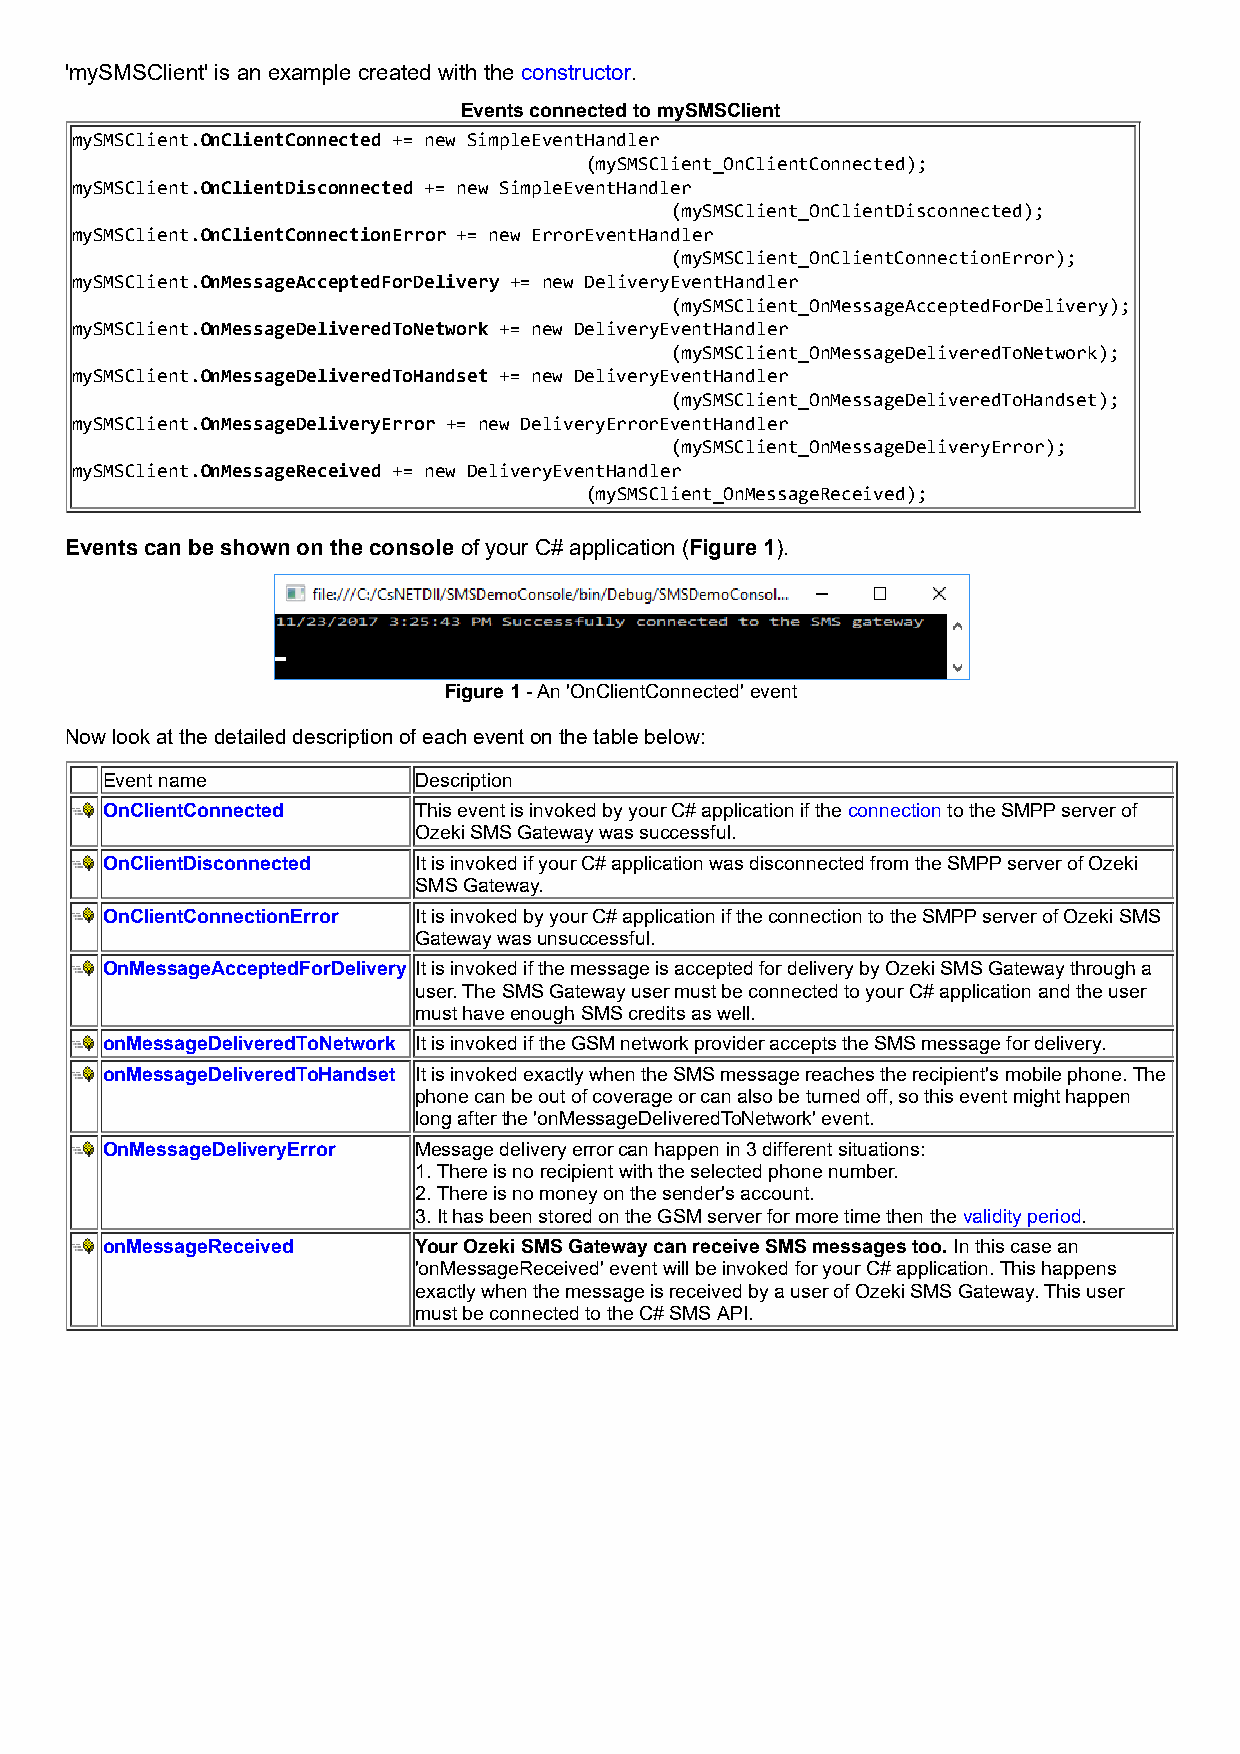
'mySMSClient' is an example created with the constructor.
 Events connected to mySMSClient
 mySMSClient.OnClientConnected += new SimpleEventHandler
 (mySMSClient_OnClientConnected);
 mySMSClient.OnClientDisconnected += new SimpleEventHandler
 (mySMSClient_OnClientDisconnected);
 mySMSClient.OnClientConnectionError += new ErrorEventHandler
 (mySMSClient_OnClientConnectionError);
 mySMSClient.OnMessageAcceptedForDelivery += new DeliveryEventHandler
 (mySMSClient_OnMessageAcceptedForDelivery);
 mySMSClient.OnMessageDeliveredToNetwork += new DeliveryEventHandler
 (mySMSClient_OnMessageDeliveredToNetwork);
 mySMSClient.OnMessageDeliveredToHandset += new DeliveryEventHandler
 (mySMSClient_OnMessageDeliveredToHandset);
 mySMSClient.OnMessageDeliveryError += new DeliveryErrorEventHandler
 (mySMSClient_OnMessageDeliveryError);
 mySMSClient.OnMessageReceived += new DeliveryEventHandler
 (mySMSClient_OnMessageReceived);
 Events can be shown on the console of your C# application (Figure 1).
 Figure 1 - An 'OnClientConnected' event
 Now look at the detailed description of each event on the table below:
 Event name          Description
 OnClientConnected   This event is invoked by your C# application if the connection to the SMPP server of
 Ozeki SMS Gateway was successful.
 OnClientDisconnected It is invoked if your C# application was disconnected from the SMPP server of Ozeki
 SMS Gateway.
 OnClientConnectionError It is invoked by your C# application if the connection to the SMPP server of Ozeki SMS
 Gateway was unsuccessful.
 OnMessageAcceptedForDelivery It is invoked if the message is accepted for delivery by Ozeki SMS Gateway through a
 user. The SMS Gateway user must be connected to your C# application and the user
 must have enough SMS credits as well.
 onMessageDeliveredToNetwork It is invoked if the GSM network provider accepts the SMS message for delivery.
 onMessageDeliveredToHandset It is invoked exactly when the SMS message reaches the recipient's mobile phone. The
 phone can be out of coverage or can also be turned off, so this event might happen
 long after the 'onMessageDeliveredToNetwork' event.
 OnMessageDeliveryError Message delivery error can happen in 3 different situations:
 1. There is no recipient with the selected phone number.
 2. There is no money on the sender's account.
 3. It has been stored on the GSM server for more time then the validity period.
 onMessageReceived   Your Ozeki SMS Gateway can receive SMS messages too. In this case an
 'onMessageReceived' event will be invoked for your C# application. This happens
 exactly when the message is received by a user of Ozeki SMS Gateway. This user
 must be connected to the C# SMS API.